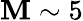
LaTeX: \mathbf{M}\sim5